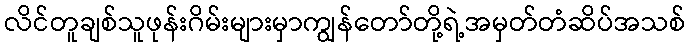
လိင်တူချစ်သူဖုန်းဂိမ်းများမှာကျွန်တော်တို့ရဲ့အမှတ်တံဆိပ်အသစ်